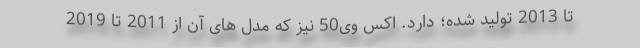
تا 2013 تولید شده؛ دارد. اکس وی50 نیز که مدل های آن از 2011 تا 2019